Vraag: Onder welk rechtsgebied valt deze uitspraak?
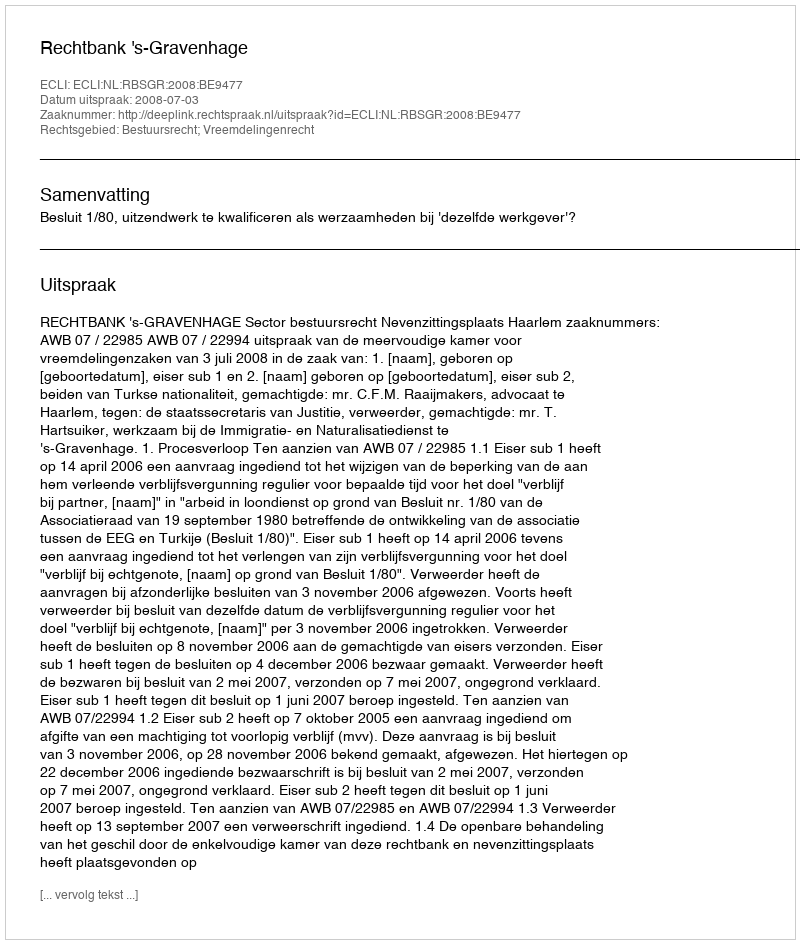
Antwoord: Bestuursrecht; Vreemdelingenrecht